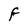
Character: F